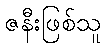
ဇနီးဖြစ်သူ